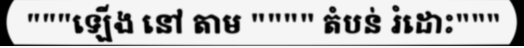
"""ឡើង នៅ តាម """" តំបន់ រំដោះ"""